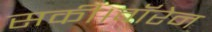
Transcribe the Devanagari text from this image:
सकी।वॉरेन